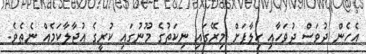
އެހެން ދުވަސް ދުވަހާއި ހިލާފަށް މިރޭގައި ނިކަތުގެ މޫނުގައި ކުރީގެ އުޖާލާކަމެއް ނެތެވެ.